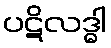
ပဋိလဒ္ဓါ